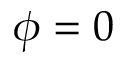
\phi = 0